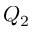
Q _ { 2 }